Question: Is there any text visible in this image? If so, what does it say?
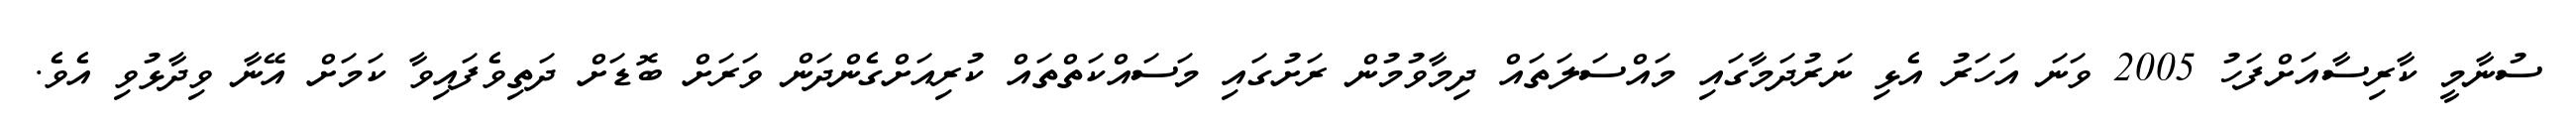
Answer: ސުނާމީ ކާރިސާއަށްފަހު 2005 ވަނަ އަހަރު އެޅި ނަރުދަމާގައި މައްސަލަތައް ދިމާވުމުން ރަށުގައި މަސައްކަތްތައް ކުރިއަށްގެންދަން ވަރަށް ބޮޑަށް ދަތިވެފައިވާ ކަމަށް އޭނާ ވިދާޅުވި އެވެ.